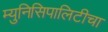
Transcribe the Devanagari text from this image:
म्युनिसिपालिटीचा